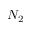
N _ { 2 }